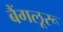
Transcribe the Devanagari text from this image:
बैंगलूरू